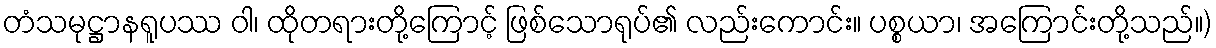
တံသမုဋ္ဌာနရူပဿ ဝါ၊ ထိုတရားတို့ကြောင့် ဖြစ်သောရုပ်၏ လည်းကောင်း။ ပစ္စယာ၊ အကြောင်းတို့သည်။)